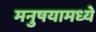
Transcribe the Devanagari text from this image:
मनुषयामध्ये